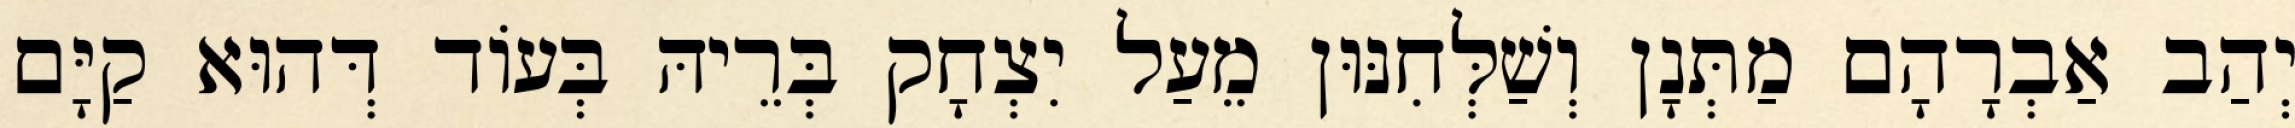
יְהַב אַבְרָהָם מַתְּנָן וְשַׁלְּחִנּוּן מֵעַל יִצְחָק בְּרֵיהּ בְּעוֹד דְּהוּא קַיָּם